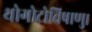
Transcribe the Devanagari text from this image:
थोगोटोविषाणु।